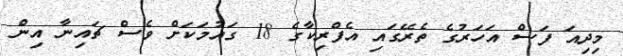
މިދިއަ ފަސް އަހަރުގެ ތެރޭގައި އެފްރިކާގެ 18 ގައުމަކަށް ވެސް ޗައިނާ އިން